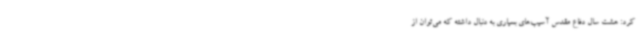
کرد: هشت سال دفاع مقدس آسیب‌های بسیاری به دنبال داشته که می‌توان از